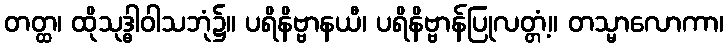
တတ္ထ၊ ထိုသုဒ္ဓါဝါသဘုံ၌။ ပရိနိဗ္ဗာနယီ၊ ပရိနိဗ္ဗာန်ပြုလတ္တံ့။ တသ္မာလောကာ၊